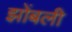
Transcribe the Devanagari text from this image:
झोंबली